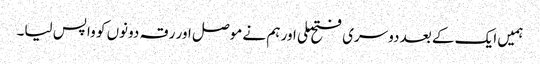
ہمیں ایک کے بعد دوسری فتح ملی اور ہم نے موصل اور رقہ دونوں کو واپس لیا۔